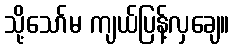
သို့သော်မ ကျယ်ပြန့်လှချေ။